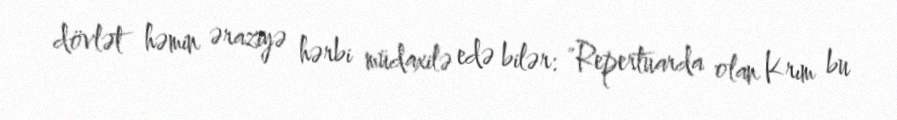
dövlət həmin əraziyə hərbi müdaxilə edə bilər: "Repertuarda olan Krım bu